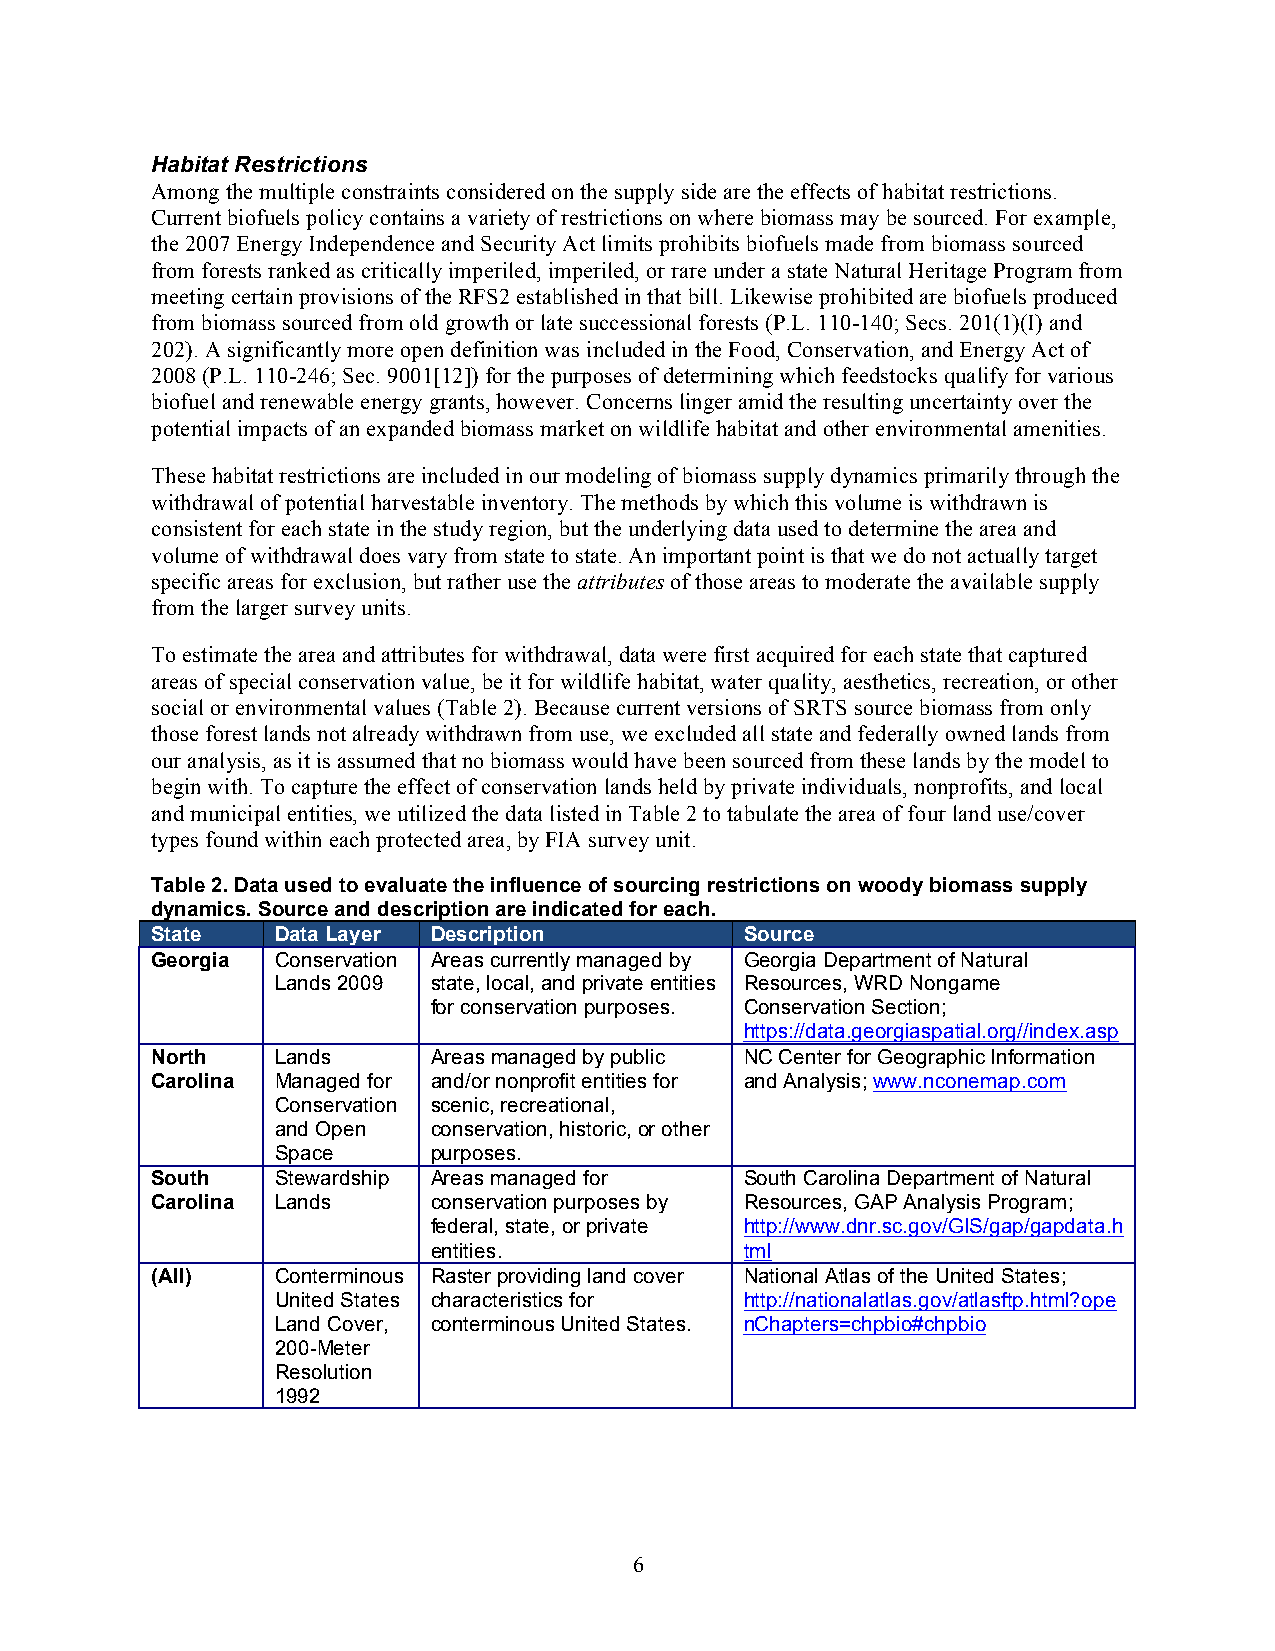
Habitat Restrictions
 Among the multiple constraints considered on the supply side are the effects of habitat restrictions.
 Current biofuels policy contains a variety of restrictions on where biomass may be sourced. For example,
 the 2007 Energy Independence and Security Act limits prohibits biofuels made from biomass sourced
 from forests ranked as critically imperiled, imperiled, or rare under a state Natural Heritage Program from
 meeting certain provisions of the RFS2 established in that bill. Likewise prohibited are biofuels produced
 from biomass sourced from old growth or late successional forests (P.L. 110-140; Secs. 201(1)(I) and
 202). A significantly more open definition was included in the Food, Conservation, and Energy Act of
 2008 (P.L. 110-246; Sec. 9001[12]) for the purposes of determining which feedstocks qualify for various
 biofuel and renewable energy grants, however. Concerns linger amid the resulting uncertainty over the
 potential impacts of an expanded biomass market on wildlife habitat and other environmental amenities.
 These habitat restrictions are included in our modeling of biomass supply dynamics primarily through the
 withdrawal of potential harvestable inventory. The methods by which this volume is withdrawn is
 consistent for each state in the study region, but the underlying data used to determine the area and
 volume of withdrawal does vary from state to state. An important point is that we do not actually target
 specific areas for exclusion, but rather use the attributes of those areas to moderate the available supply
 from the larger survey units.
 To estimate the area and attributes for withdrawal, data were first acquired for each state that captured
 areas of special conservation value, be it for wildlife habitat, water quality, aesthetics, recreation, or other
 social or environmental values (Table 2). Because current versions of SRTS source biomass from only
 those forest lands not already withdrawn from use, we excluded all state and federally owned lands from
 our analysis, as it is assumed that no biomass would have been sourced from these lands by the model to
 begin with. To capture the effect of conservation lands held by private individuals, nonprofits, and local
 and municipal entities, we utilized the data listed in Table 2 to tabulate the area of four land use/cover
 types found within each protected area, by FIA survey unit.
 Table 2. Data used to evaluate the influence of sourcing restrictions on woody biomass supply
 dynamics. Source and description are indicated for each.
 State   Data Layer Description         Source
 Georgia Conservation Areas currently managed by Georgia Department of Natural
 Lands 2009 state, local, and private entities Resources, WRD Nongame
 for conservation purposes. Conservation Section;
 https://data.georgiaspatial.org//index.asp
 North   Lands      Areas managed by public NC Center for Geographic Information
 Carolina Managed for and/or nonprofit entities for and Analysis; www.nconemap.com
 Conservation scenic, recreational,
 and Open   conservation, historic, or other
 Space      purposes.
 South   Stewardship Areas managed for  South Carolina Department of Natural
 Carolina Lands     conservation purposes by Resources, GAP Analysis Program;
 federal, state, or private http://www.dnr.sc.gov/GIS/gap/gapdata.h
 entities.           tml
 (All)   Conterminous Raster providing land cover National Atlas of the United States;
 United States characteristics for http://nationalatlas.gov/atlasftp.html?ope
 Land Cover, conterminous United States. nChapters=chpbio#chpbio
 200-Meter
 Resolution
 1992
 6